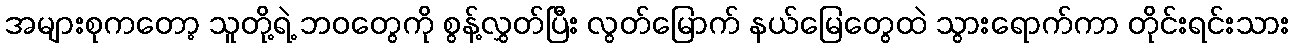
အများစုကတော့ သူတို့ရဲ့ ဘဝတွေကို စွန့်လွှတ်ပြီး လွတ်မြောက် နယ်မြေတွေထဲ သွားရောက်ကာ တိုင်းရင်းသား